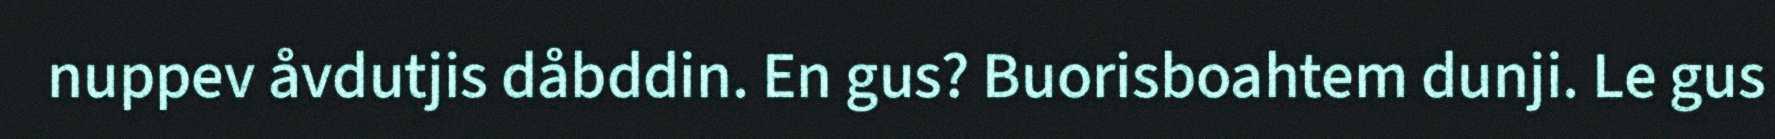
nuppev åvdutjis dåbddin. En gus? Buorisboahtem dunji. Le gus